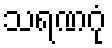
သရဏဂုံ